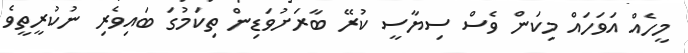
މީހެއް އަވަހައް މިކަން ވެސް ސިޔާސީ ކުރޭ ބާރަށުވަޑިން ތިކަމުގަ ބައިވެރި ނުކުރީތީވެ